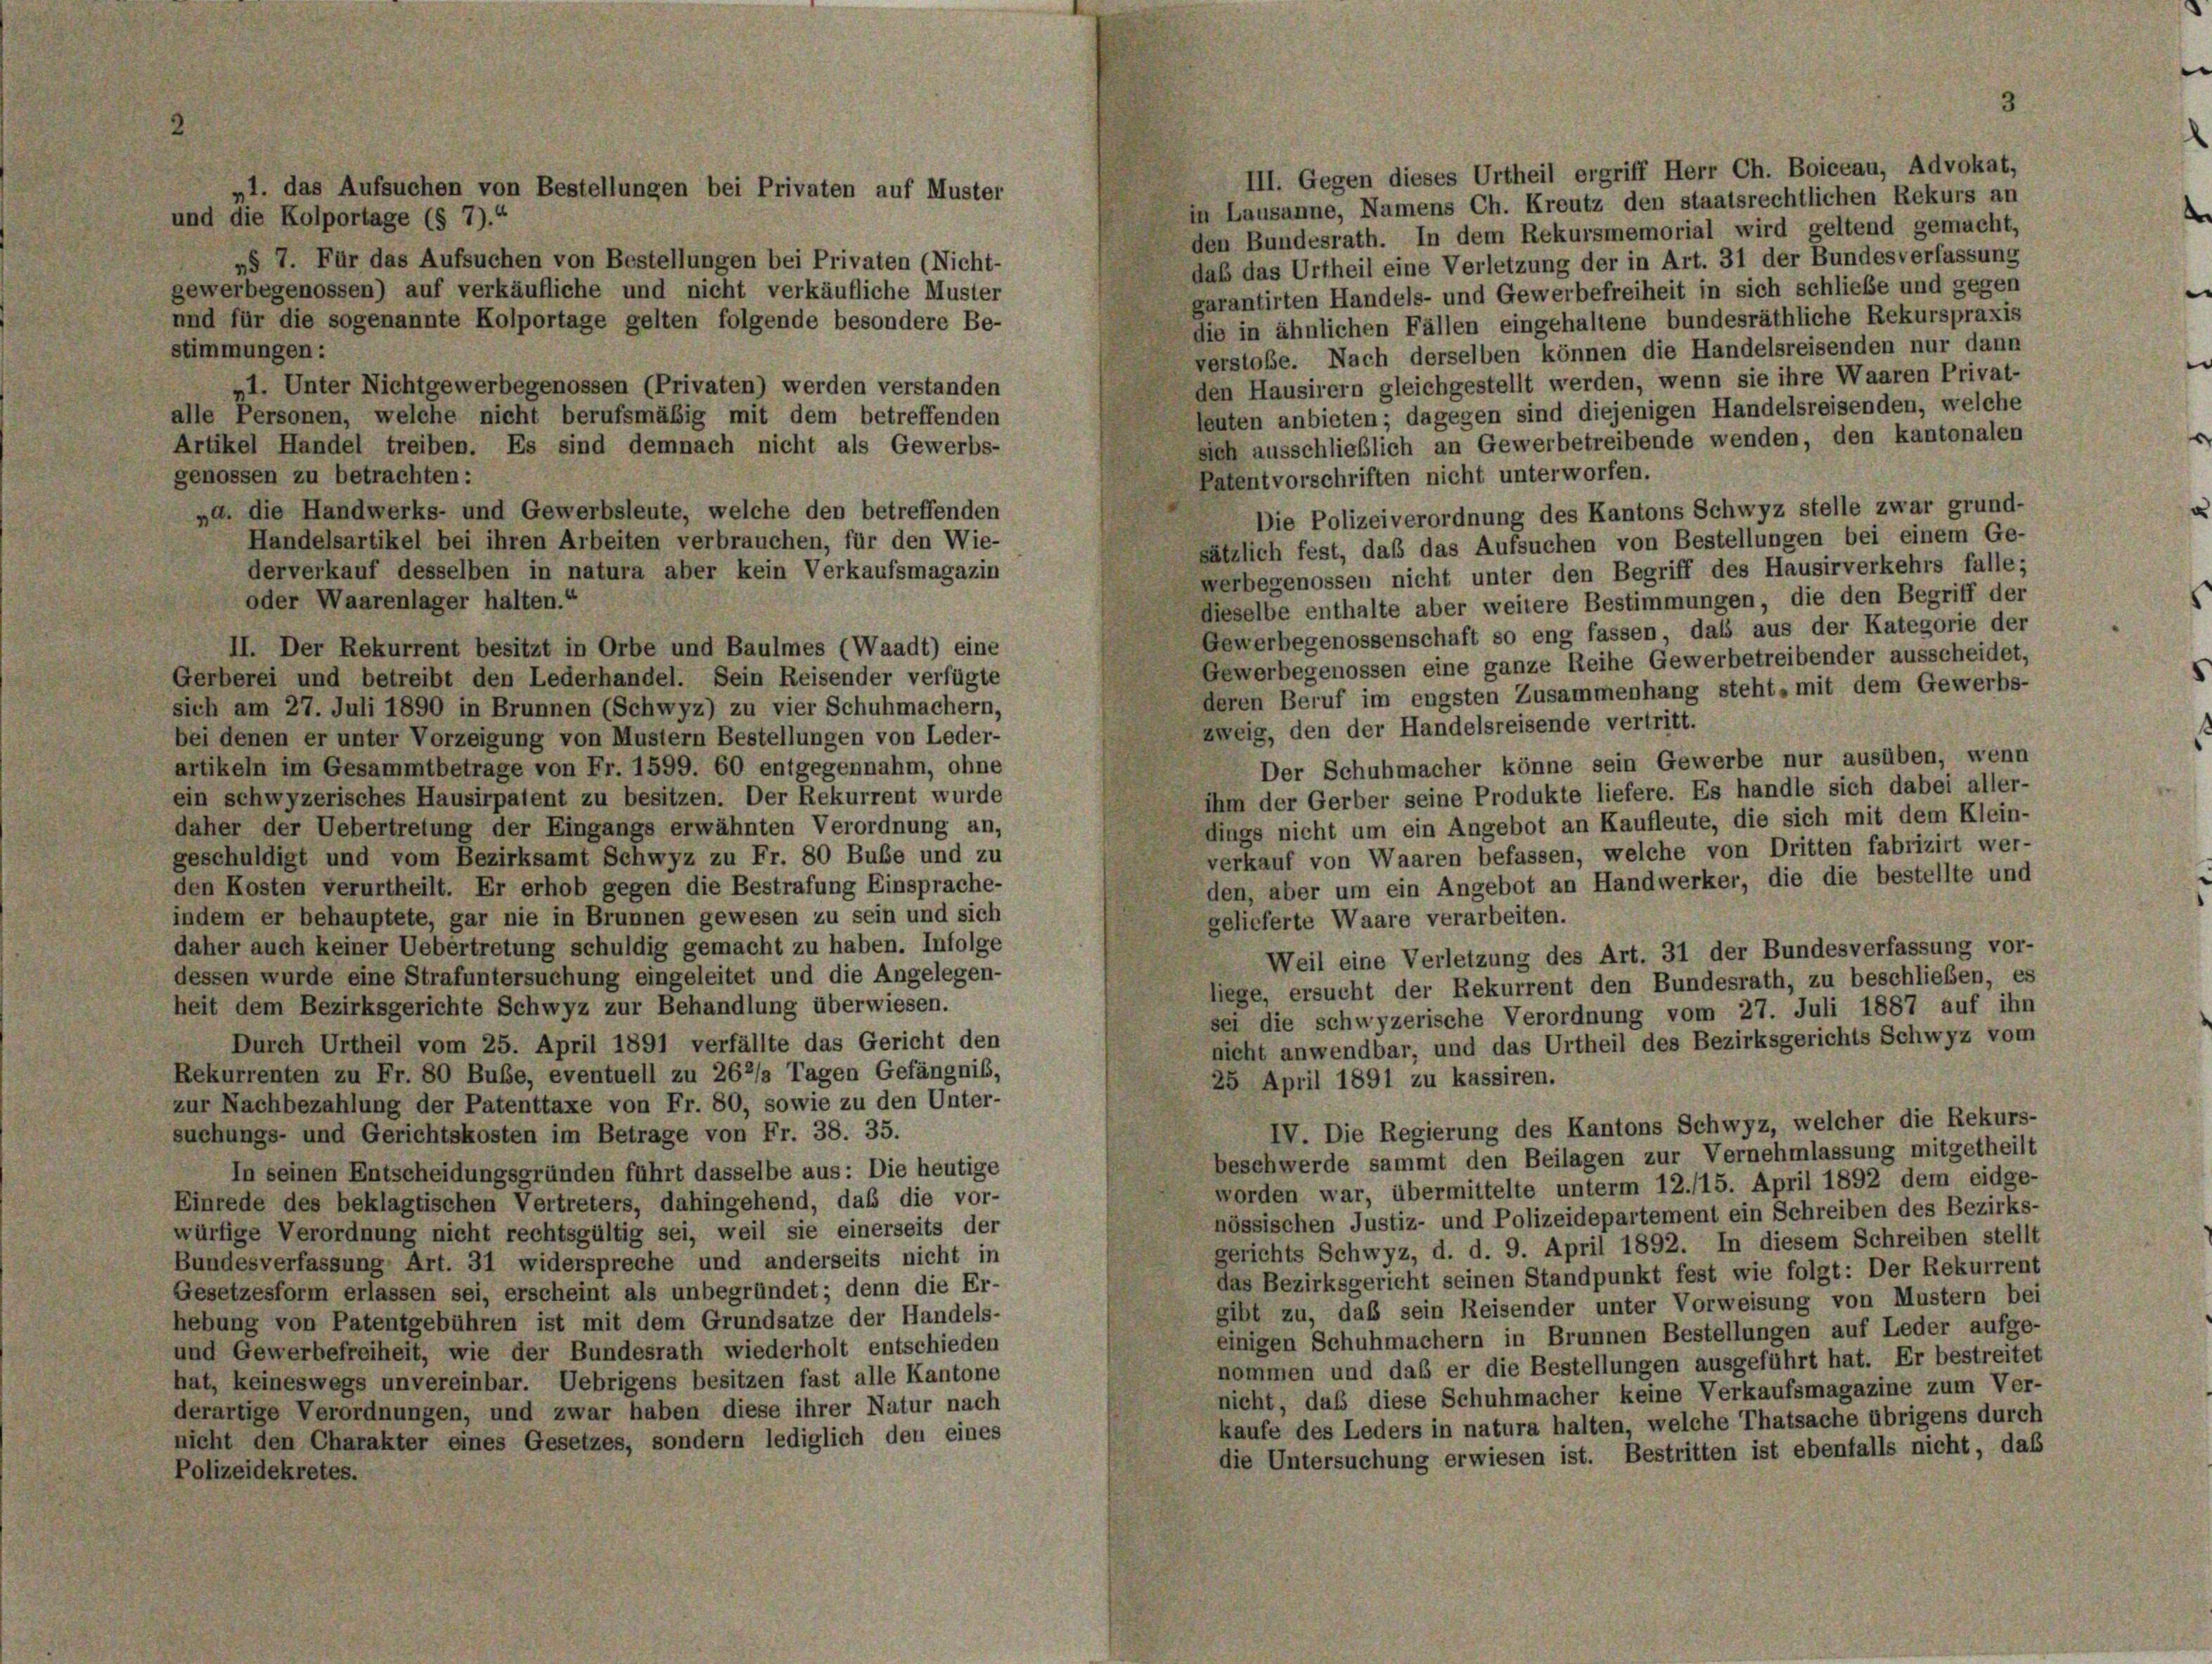
III. Gegen dieses Urtheil ergriff Herr Ch. Boiceau, Advokat,
in Lausanne, Namens Ch. Kreutz den staatsrechtlichen Rekurs an
und die Kolportage (§ 7).“
den Bundesrath. In dem Rekursmemorial wird geltend gemach
»§ 7. Für das Aufsuchen von Bestellungen bei Privaten (Nicht-
daß das Urtheil eine Verletzung der in Art. 31 der Bundesverfassung
gewerbegenossen) auf verkäufliche und nicht verkäufliche Muster
garantirten Handels- und Gewerbefreiheit in sich schliebe und gegen
und für die sogenannte Kolportage gelten folgende besondere Be-
die in ähnlichen Fällen eingehaltene bundesräthliche Rekurspraxis
stimmungen:
verstoße. Nach derselben können die Handelsreisenden nur dann
den Hausirern gleichgestellt werden, wenn sie ihre Waaren Privat-
1. Unter Nichtgewerbegenossen (Privaten) werden verstanden
leuten anbieten; dagegen sind diejenigen Handelsreisenden, welche
alle Personen, welche nicht berufsmäßig mit dem betreffenden
sich ausschließlich an Gewerbetreibende wenden, den kantonalen
Artikel Handel treiben. Es sind demnach nicht als Gewerbs-
genossen zu betrachten:
Patentvorschriften nicht unterworfen.
„d. die Handwerks- und Gewerbsleute, welche den betreffenden
Die Polizeiverordnung des Kantons Schwyz stelle zwar grund-
Handelsartikel bei ihren Arbeiten verbrauchen, für den Wie-
sätzlich fest, daß das Aufsuchen von Bestellungen bei einem Ge-
derverkauf desselben in natura aber kein Verkaufsmagazin
werbegenossen nicht unter den Begriff des Hausirverkehrs falle;
oder Waarenlager halten.“
dieselbe enthalte aber weitere Bestimmungen, die den Begriff der
Gewerbegenossenschaft so eng fassen, das aus der Kategorie der
II. Der Rekurrent besitzt in Orbe und Baulmes (Waadt) eine
Gewerbegenossen eine ganze Reihe Gewerbetreibender ausscheidet,
Gerberei und betreibt den Lederhandel. Sein Reisender verfügte
deren Beruf im engsten Zusammenhang steht, mit dem Gewerbs-
sich am 27. Juli 1890 in Brunnen (Schwyz) zu vier Schuhmachern,
zweig, den der Handelsreisende vertritt.
bei denen er unter Vorzeigung von Mustern Bestellungen von Leder-
Der Schuhmacher könne sein Gewerbe nur ausüben, wenn
artikeln im Gesammtbetrage von Fr. 1599. 60 entgegennahm, ohne
ihm der Gerber seine Produkte liefere. Es handle sich dabei aller-
ein schwyzerisches Hausirpatent zu besitzen. Der Rekurrent wurde
dings nicht um ein Angebot an Kaufleute, die sich mit dem Klein-
daher der Uebertretung der Eingangs erwähnten Verordnung an,
verkauf von Waaren befassen, welche von Dritten fabrizirt wer-
geschuldigt und vom Bezirksamt Schwyz zu Fr. 80 Bube und zu
den, aber um ein Angebot an Handwerker, die die bestellte und
den Kosten verurtheilt. Er erhob gegen die Bestrafung Einsprache-
indem er behauptete, gar nie in Brunnen gewesen zu sein und sich
gelieferte Waare verarbeiten.
daher auch keiner Uebertretung schuldig gemacht zu haben. Infolge
Weil eine Verletzung des Art. 31 der Bundesverfassung vor-
dessen wurde eine Strafuntersuchung eingeleitet und die Angelegen-
liege, ersucht der Rekurrent den Bundesrath, zu beschließen, es
heit dem Bezirksgerichte Schwyz zur Behandlung überwiesen.
sei die schwyzerische Verordnung vom 27. Juli 1887 auf ihn
nicht anwendbar, und das Urtheil des Bezirksgerichts Schwyz vom
Durch Urtheil vom 25. April 1891 verfällte das Gericht den
Rekurrenten zu Fr. 80 Bube, eventuell zu 262/3 Tagen Gefängnis,
25 April 1891 zu kassiren.
zur Nachbezahlung der Patenttaxe von Fr. 80, sowie zu den Unter-
IV. Die Regierung des Kantons Schwyz, welcher die Rekurs-
suchungs- und Gerichtskosten im Betrage von Fr. 38. 35.
beschwerde sammt den Beilagen zur Vernehmlassung mitgetheilt
In seinen Entscheidungsgründen führt dasselbe aus: Die heutige
worden war, übermittelte unterm 12./15. April 1892 dem eidge-
Einrede des beklagtischen Vertreters, dahingehend, daß die vor-
nössischen Justiz- und Polizeidepartement ein Schreiben des Bezirks-
würfige Verordnung nicht rechtsgültig sei, weil sie einerseits der
gerichts Schwyz, d. d. 9. April 1892. In diesem Schreiben stellt
Bundesverfassung Art. 31 widerspreche und anderseits nicht in
das Bezirksgericht seinen Standpunkt fest wie folgt: Der Rekurrent
Gesetzesform erlassen sei, erscheint als unbegründet; denn die Er-
gibt zu, daß sein Reisender unter Vorweisung von Mustern bei
hebung von Patentgebühren ist mit dem Grundsätze der Handels-
einigen Schuhmachern in Brunnen Bestellungen auf Leder aufge-
und Gewerbefreiheit, wie der Bundesrath wiederholt entschieden
nommen und daß er die Bestellungen ausgeführt hat. Er bestreitet
hat, keineswegs unvereinbar. Uebrigens besitzen fast alle Kantone
nicht, daß diese Schuhmacher keine Verkaufsmagazine zum Ver-
derartige Verordnungen, und zwar haben diese ihrer Natur nach
kaufe des Leders in natura halten, welche Thatsache übrigens durch
nicht den Charakter eines Gesetzes, sondern lediglich den eines
die Untersuchung erwiesen ist. Bestritten ist ebenfalls nicht, das
Polizeidekretes.

„1. das Aufsuchen von Bestellungen bei Privaten auf Muster